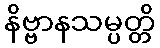
နိဗ္ဗာနသမ္ပတ္တိ